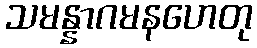
သမန္နာဂမနဟေတု